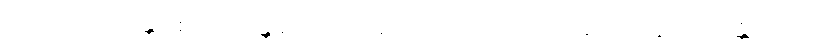
အဘိဏှံ ရောဒန္တိ စေဝ ဝိရဝန္တိ စ, သုဂတိတော အာဂတာ တံ အနုဿရိတွာ ဟသန္တိ, အယံ